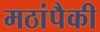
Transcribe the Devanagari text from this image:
मठांपैकी